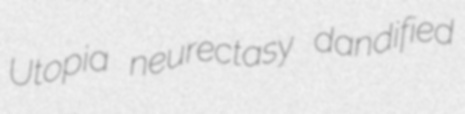
Utopia neurectasy dandified